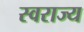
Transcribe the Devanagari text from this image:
स्‍वराज्य